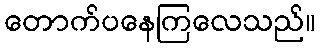
တောက်ပနေကြလေသည်။